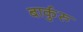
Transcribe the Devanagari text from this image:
बार्कुरु